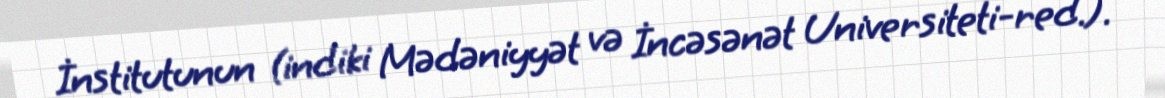
İnstitutunun (indiki Mədəniyyət və İncəsənət Universiteti-red.).